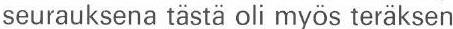
seurauksena tästä oli myös teräksen